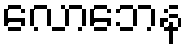
လောဘေန